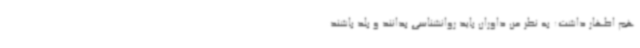
هم اظهار داشت: به نظر من داوران باید روانشناسی بدانند و بلد باشند